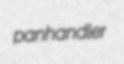
panhandler